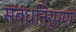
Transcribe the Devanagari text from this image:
संबंधनिरूपण